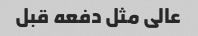
عالی مثل دفعه قبل